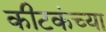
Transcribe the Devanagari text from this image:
कीटकंच्या